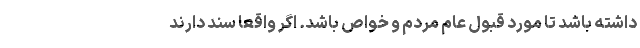
داشته باشد تا مورد قبول عام مردم و خواص باشد. اگر واقعا سند دارند